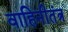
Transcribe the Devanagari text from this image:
वाहिनीतंत्र